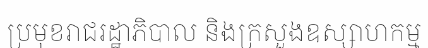
ប្រមុខរាជរដ្ឋាភិបាល និងក្រសួងឧស្សាហកម្ម